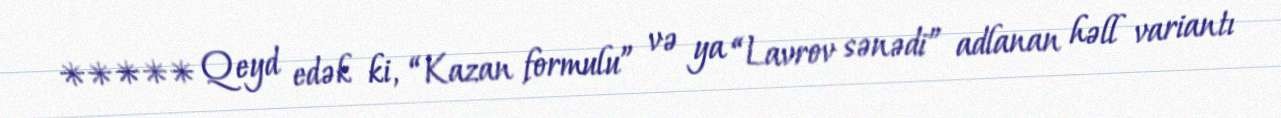
***** Qeyd edək ki, “Kazan formulu” və ya “Lavrov sənədi” adlanan həll variantı